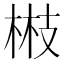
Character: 𭪘